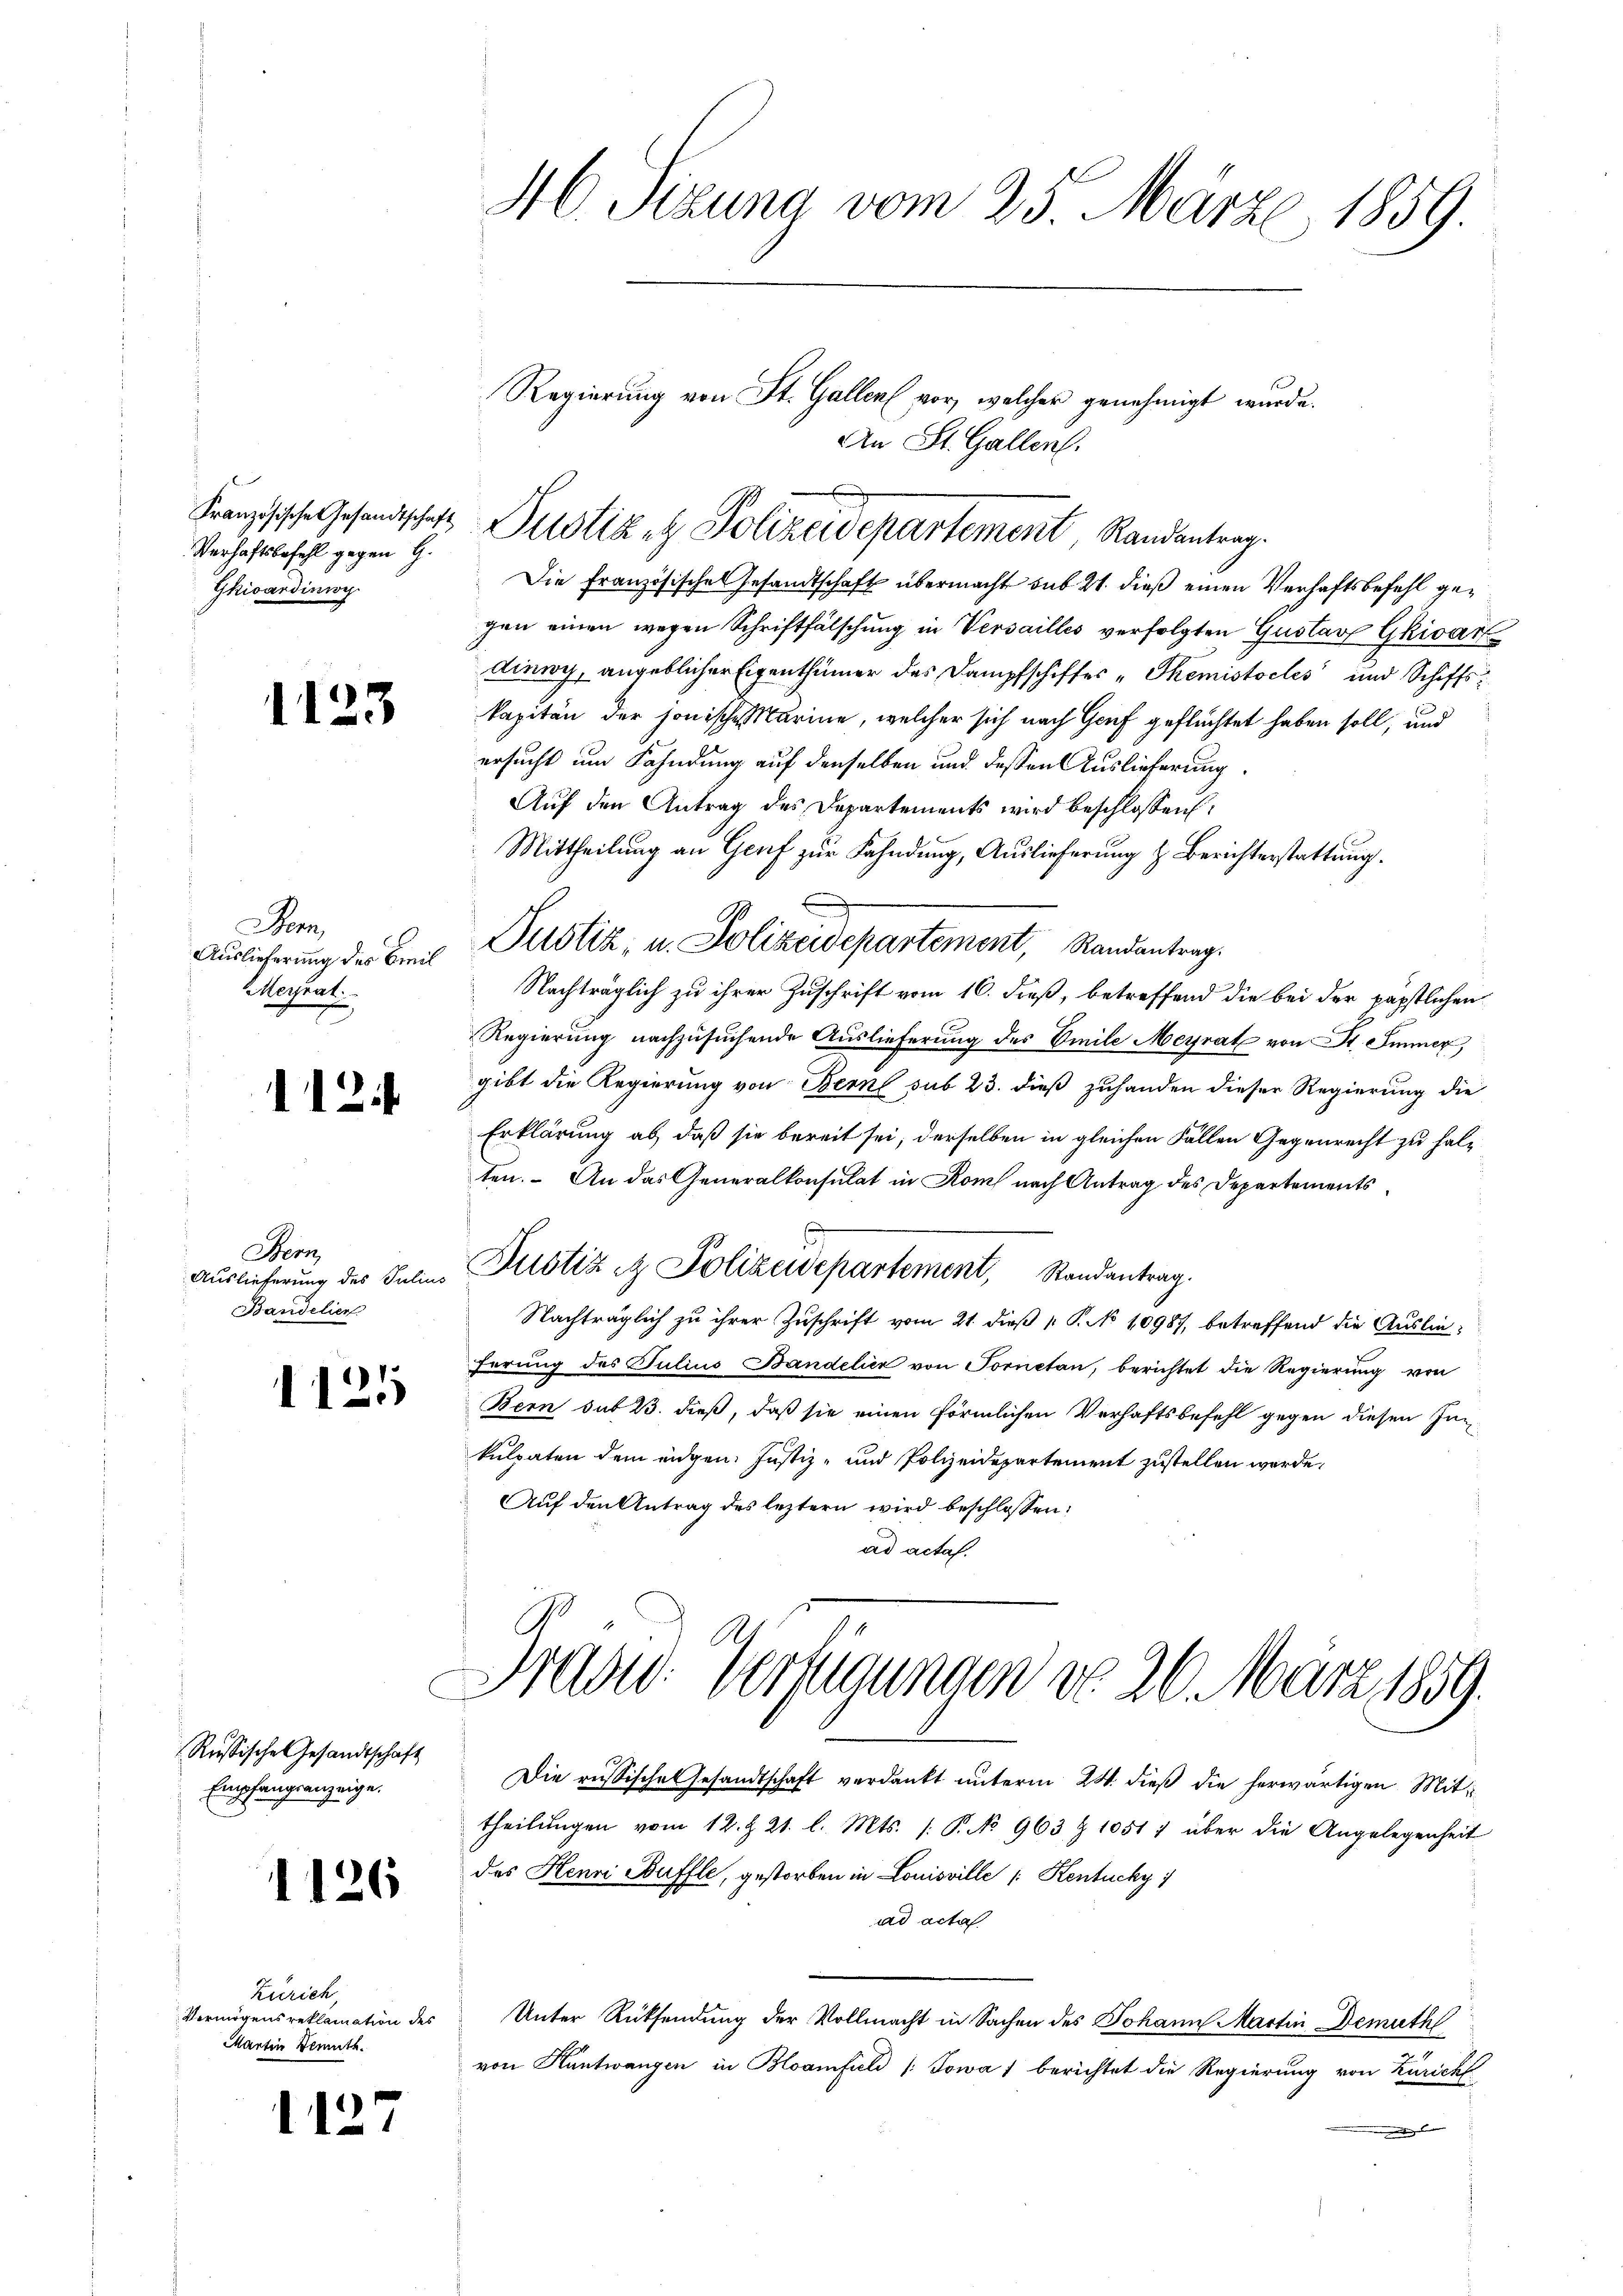
Französische Gesandtschaft
Verhaftsbefehl gegen G.
Gkicardinisch

1123

om
Auslieferung des Breil
Meyrat

112

Stern
Auslieferung des Julius
Bandelier

1121

Russisches Gesandtschaft
Empfangsanzeige.

1126

Zürich,
Vermögens reklamation des
Martin Demuth.

1127

M. Sizung vom 25. März 1859.

Justiz et Polizeidepartement Randantrag.

Regierung von St. Gallen vor, welcher genehmigt wurde.
An St. Gallen.

Die Französisches Gesandtschaft übermacht sub 21. dieß einen Verhaftsbefehl gegen einen wegen Schriftfälschung in Versailles verfolgten Gustav Gkivar
dinwoch, angeblicher Eigenthümer des Dampfschiffes „Themistocles und Schiffskapitän der sonisches ärme, welcher sich nach Genf geflüchtet haben soll, und
ersucht um Fahndung auf denselben und dessen Auslieferung.
Auf den Antrag des Departements wird beschlossen:
Mittheilung an Genf zur Fahndung, Auslieferung & Berichterstattung.
Justiz- u. Polizeidepartement, Randantrag.
Nachträglich zu ihrer Zuschrift vom 16. dieß, betreffend die bei der päpstlichen
Regierung nachzusuchende Auslieferŭng des Emile Meyrat von St. Immer,
gibt die Regierung von Berne sub 23. dieß zuhanden dieser Regierung die
Erklärung ab, daß sie bereit sei, derselben in gleichen Fällen Gegenrecht zu halten. An das Generalkonsulat in Kom nach Antrag des Departements¬
Justiz & Polizeidepartement, Randantrag.
Nachträglich zu ihrer Zŭschrift vom 21. dieβ p. P. No 10987, betreffend die Auslie¬
Errung des Julius Bandelice von Tornetan, berichtet die Regierung von
Bern sub 23. dieß, daß sie einen förmlichen Verhaftsbefehl gegen diesen Inkulpaten dem eidgen: Justiz- und Polizeidepartement zustellen werde,
Auf den Antrag des leztern wird beschlossen:
ad acta.

Die russische Gesandtschaft verdankt unterm 24. dieß die herwärtigen Mittheilungen vom 12. d. 21. l. Mts. /: P. No 963 & 1051; über die Angelegenheit
des Henri Buffle, gestorben in Louisville [Kentucky)
ad acta
Unter Rücksendung der Vollmacht in Sachen des Johann Martin Demuth
.
von Kantwangen in Bloanfiel (Sowa 1 berichtet die Regierung von Zürich
d

Brasid. Verfügungen do 26. März 1859.